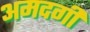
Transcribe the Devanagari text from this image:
अमदगी